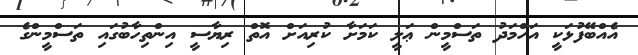
އެއްބޭފުޅަކީ އަހްމަދު ތަސްމީން ޢަލީ ކަމަށާ ކުރިއަށް އޮތް ރިޔާސީ އިންތިހާބުގައި ތަސްމީންގެ